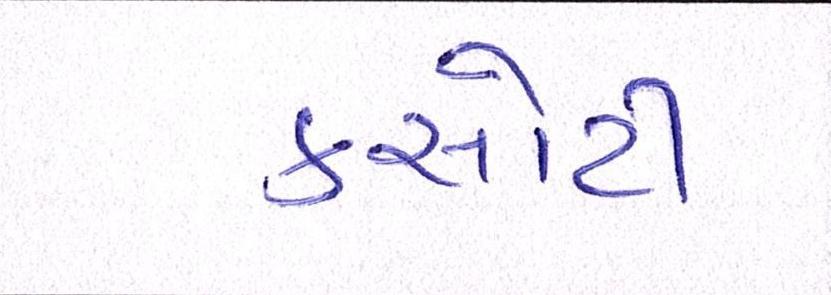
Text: કસોટી